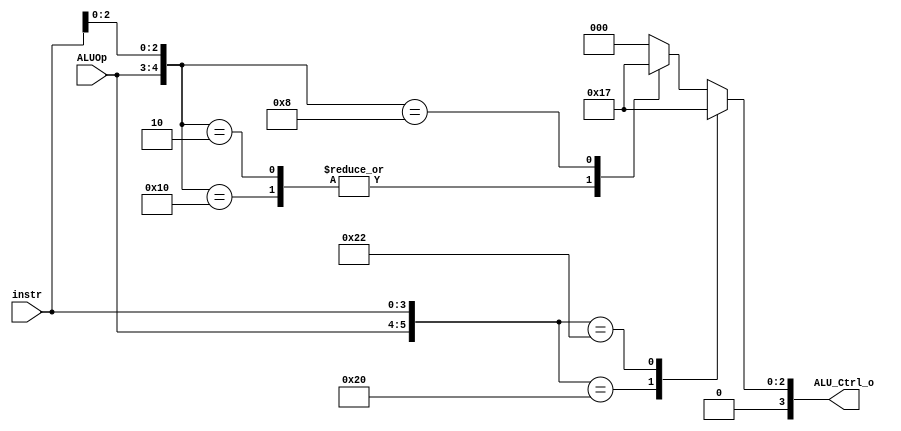

`timescale 1ns/1ps
/*instr[30,14:12]*/
module ALU_Ctrl(
    input       [4-1:0] instr,
    input       [2-1:0] ALUOp,
    output reg     [4-1:0] ALU_Ctrl_o
);
wire [2:0] func3;
assign func3 = instr[2:0];

    wire [6-1:0] allInputs; 
	assign allInputs = {ALUOp, instr};
	
	always @(*) begin
		casez (allInputs)
			6'b100000: ALU_Ctrl_o = 4'b0010; //ADD
			6'b100010: ALU_Ctrl_o = 4'b0111; //SLT
            6'b10?000: ALU_Ctrl_o = 4'b0010; //ADDI
            6'b00?010: ALU_Ctrl_o = 4'b0010; //LW, SW
            6'b01?000: ALU_Ctrl_o = 4'b0111; //BEQ
            default: ALU_Ctrl_o = 4'b0000; //NOP
		endcase
	end

endmodule